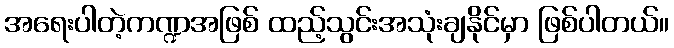
အရေးပါတဲ့ကဏ္ဍအဖြစ် ထည့်သွင်းအသုံးချနိုင်မှာ ဖြစ်ပါတယ်။